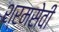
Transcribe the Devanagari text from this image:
श्रमसेवी